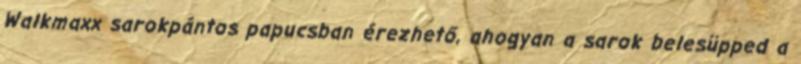
Walkmaxx sarokpántos papucsban érezhető, ahogyan a sarok belesüpped a